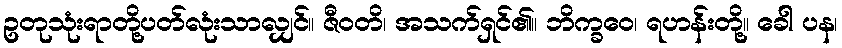
ဥတုသုံးရာတို့ပတ်လုံးသာလျှင်။ ဇီဝတိ၊ အသက်ရှင်၏။ ဘိက္ခဝေ၊ ရဟန်းတို့။ ခေါ ပန၊